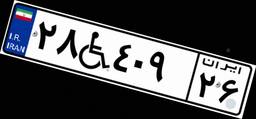
۲۸W۴۰۹۲۶